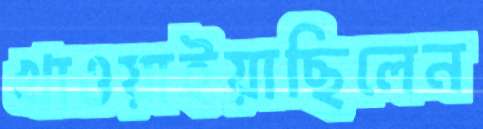
খাওয়াইয়াছিলেন